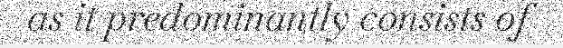
as it predominantly consists of